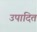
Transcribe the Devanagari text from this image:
उपादित